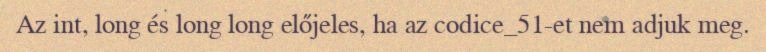
Az int, long és long long előjeles, ha az codice_51-et nem adjuk meg.